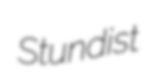
Stundist